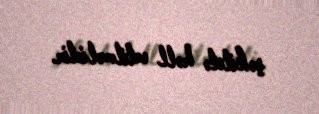
şəkildə həll edilməlidir.